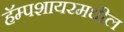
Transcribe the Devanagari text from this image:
हॅम्पशायरमधील